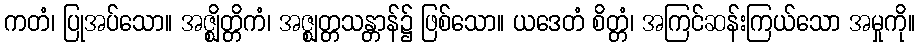
ကတံ၊ ပြုအပ်သော။ အဇ္ဈိတ္တိကံ၊ အဇ္ဈတ္တသန္တာန်၌ ဖြစ်သော။ ယဒေတံ စိတ္တံ၊ အကြင်ဆန်းကြယ်သော အမှုကို။